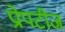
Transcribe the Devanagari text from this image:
प्रोपटीज